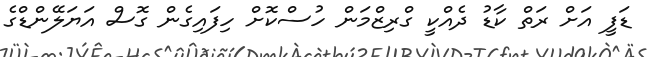
ޑަފީ އަށް ރަތް ކާޑު ދެއްކީ ގްރިޒްމަން ހުސްކޮށް ހިފައިގެން ގޮސް އަޔަލޭންޑްގެ